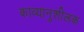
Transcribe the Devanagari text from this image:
काव्यानुशीलक